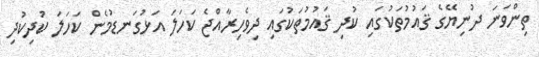
ތިންވަނަ ދުނިޔޭގެ ޤައުމުތަކުގައި ކުދި ޤައުމުތަކުގައި ދިވެހިރާއްޖެ ކަހަލަ އަޅުގަނޑުމެން ކަހަލަ ކުދިކުދި